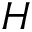
H